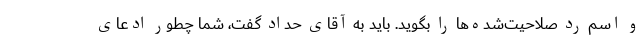
و اسم رد صلاحیت‌شده‌ها را بگوید. باید به آقای حداد گفت، شما چطور ادعای